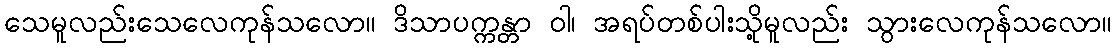
သေမူလည်းသေလေကုန်သလော။ ဒိသာပက္ကန္တာ ဝါ၊ အရပ်တစ်ပါးသို့မူလည်း သွားလေကုန်သလော။